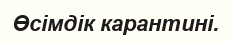
Өсімдік карантині.